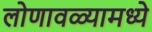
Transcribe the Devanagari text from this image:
लोणावळ्यामध्ये